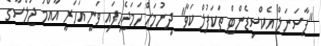
"ޕާސަނަލް އެކްސިޑެންޓް ތަކަފުލް ކަވާ" ދިނުމަށް ހަމަޖެހިފައި ވަނީ އަހަރީ އާއްމު ޖަލްސާގެ